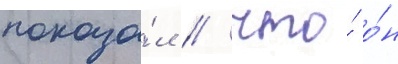
показа́л / что́ о́н